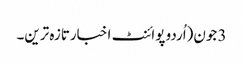
3 جون(اُردو پوائنٹ اخبارتازہ ترین۔